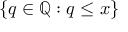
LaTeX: \{ q \in \mathbb { Q } : q \leq x \}